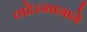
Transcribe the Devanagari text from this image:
ताहेरखानाने